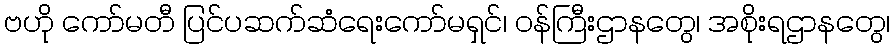
ဗဟို ကော်မတီ ပြင်ပဆက်ဆံရေးကော်မရှင်၊ ဝန်ကြီးဌာနတွေ၊ အစိုးရဌာနတွေ၊